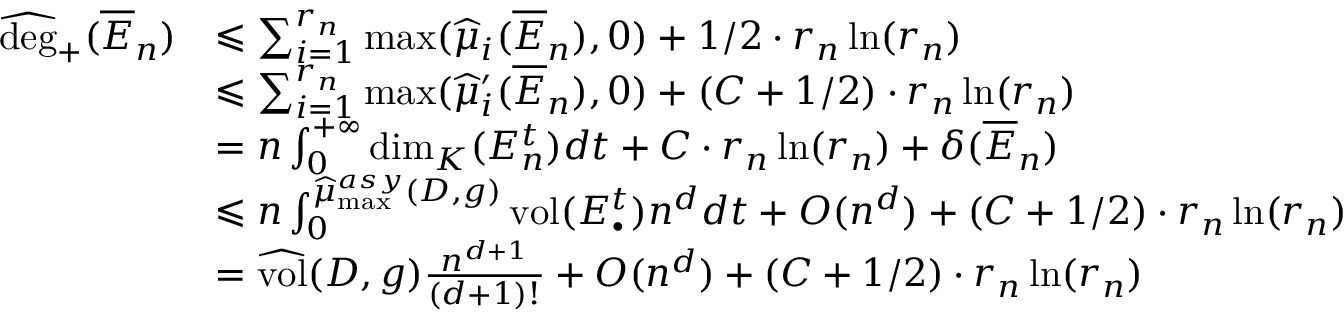
\begin{array} { r l } { \widehat { \mathrm { d e g } } _ { + } ( \overline { E } _ { n } ) } & { \leqslant \sum _ { i = 1 } ^ { r _ { n } } \operatorname* { m a x } ( \widehat \mu _ { i } ( \overline { E } _ { n } ) , 0 ) + 1 / 2 \cdot r _ { n } \ln ( r _ { n } ) } \\ & { \leqslant \sum _ { i = 1 } ^ { r _ { n } } \operatorname* { m a x } ( \widehat \mu _ { i } ^ { \prime } ( \overline { E } _ { n } ) , 0 ) + ( C + 1 / 2 ) \cdot r _ { n } \ln ( r _ { n } ) } \\ & { = n \int _ { 0 } ^ { + \infty } \dim _ { K } ( E _ { n } ^ { t } ) d t + C \cdot r _ { n } \ln ( r _ { n } ) + \delta ( \overline { E } _ { n } ) } \\ & { \leqslant n \int _ { 0 } ^ { \widehat \mu _ { \operatorname* { m a x } } ^ { a s y } ( D , g ) } \mathrm { v o l } ( E _ { \bullet } ^ { t } ) { n ^ { d } } d t + O ( n ^ { d } ) + ( C + 1 / 2 ) \cdot r _ { n } \ln ( r _ { n } ) } \\ & { = \widehat { \mathrm { v o l } } ( D , g ) \frac { n ^ { d + 1 } } { ( d + 1 ) ! } + O ( n ^ { d } ) + ( C + 1 / 2 ) \cdot r _ { n } \ln ( r _ { n } ) } \end{array}